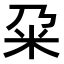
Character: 𫂲